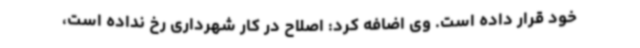
خود قرار داده است. وی اضافه کرد: اصلاح در کار شهرداری رخ نداده است،